Civil Veterinary Dept. Assam report 1911-1927 - 1911-1927
Year: 1911
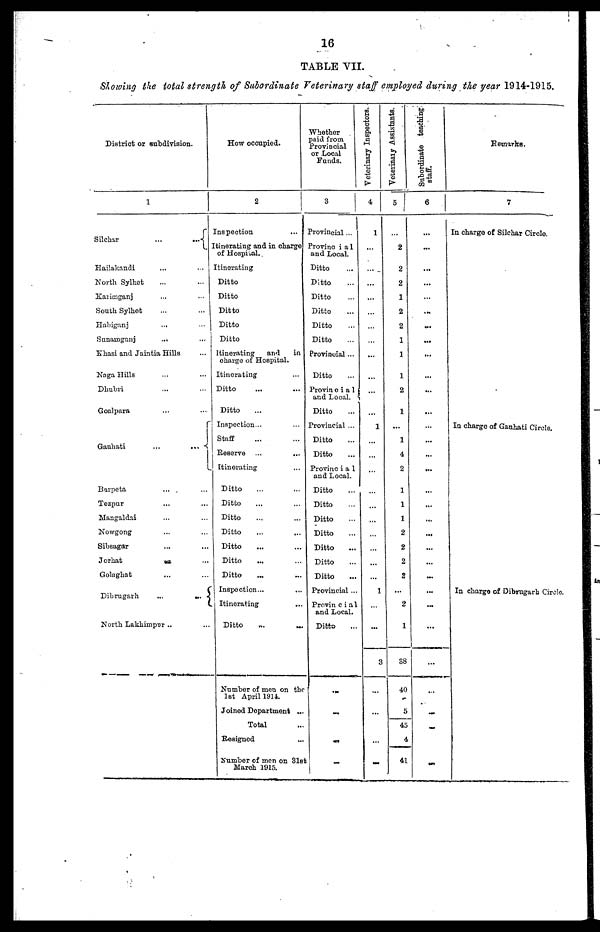
16
TABLE VII.
Slowing the total strength of Subordinate Veterinary staff employed during the year 1914-1915.
District or subdivision.
1
Silchar
...
...
Hailakandi ... ...
North Sylhet ... ...
Karimganj ... ...
South Sylhet ... ...
Habiganj
...
...
Sunamganj ... ...
Khasi and Jaintia Hills ...
Naga Hills ... ...
Dhubri ... ...
Goalpara ... ...
Gauhati
...
...
Barpeta ... ...
Tezpur ... ...
Mangaldai ... ...
Nowgong ... ...
Sibsagar ... ...
Jorhat
...
...
Golaghat ... ...
Dibrugarh
...
...
North Lakhimpur .. ...
How occupied.
2
Inspection
...
Itinerating and in charge
of Hospital.
Itinerating
Ditto
Ditto
Ditto
Ditto
Ditto
Itinerating
and in
charge of Hospital.
Itinerating ...
Ditto ... ...
Ditto ...
Inspection... ...
Staff ... ...
Reserve ...
...
Itinerating. ... ...
Ditto ... ...
Ditto ... ...
Ditto ... ...
Ditto ... ...
Ditto
... ...
Ditto
... ...
Ditto
... ...
Inspection... ...
Itinerating
...
Ditto
...
...
Number of men on the
1st April 1911.
Joined Department ...
Total ...
Resigned
...
...
Number of men on 31st
March 1915.
Whether
paid from
Provincial
or Local
Funds.
3
Provincial...
Provincial
and Local.
Ditto ...
Ditto ...
Ditto ...
Ditto ...
Ditto ...
Ditto ...
Provincial...
Ditto ...
Provincial
and Local.
Ditto ...
Provincial...
Ditto ...
Ditto ...
Provincial
and Local.
Ditto ...
Ditto ...
Ditto ...
Ditto ...
Ditto ...
Ditto ...
Ditto ...
Provincial...
Provincial
and Local.
Ditto ...
......
...
...
......
Veterinary Inspectors.
4
1
...
...
...
...
...
...
...
...
...
...
...
1
...
...
...
...
...
...
...
...
...
...
1
...
...
3
...
...
...
Veterinary Assistants.
5
...
2
2
2
1
2
2
1
1
1
2
1
...
1
4
2
1
1
1
1
2
2
2
2
...
2
1
38
40
5
45
4
41
Subordinate teaching
staff.
6
...
...
...
...
...
...
...
...
...
...
...
...
...
...
...
...
...
...
...
...
...
...
...
...
...
...
...
...
...
Remarks.
7
In charge of Silchar Circle.
In charge of Ganhati Circle.
In charge of Dibrugarh Circle.